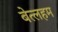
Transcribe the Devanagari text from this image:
बेत्लहम